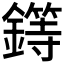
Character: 𨬻